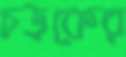
চড়কের